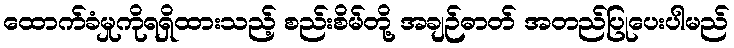
ထောက်ခံမှုကိုရရှိထားသည့် စည်းစိမ်တို့ အချဉ်ဓာတ် အတည်ပြုပေးပါမည်